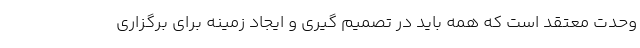
وحدت معتقد است که همه باید در تصمیم گیری و ایجاد زمینه برای برگزاری